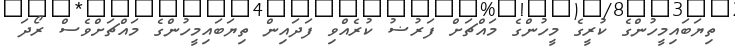
ތިޔަބައިމީހުންގެ ކުރީގެ މީހުންގެ މައްޗަށް ފަރުޟު ކުރެއްވި ފަދައިން ތިޔަބައިމީހުންގެ މައްޗަށްވެސް ރޯދަ